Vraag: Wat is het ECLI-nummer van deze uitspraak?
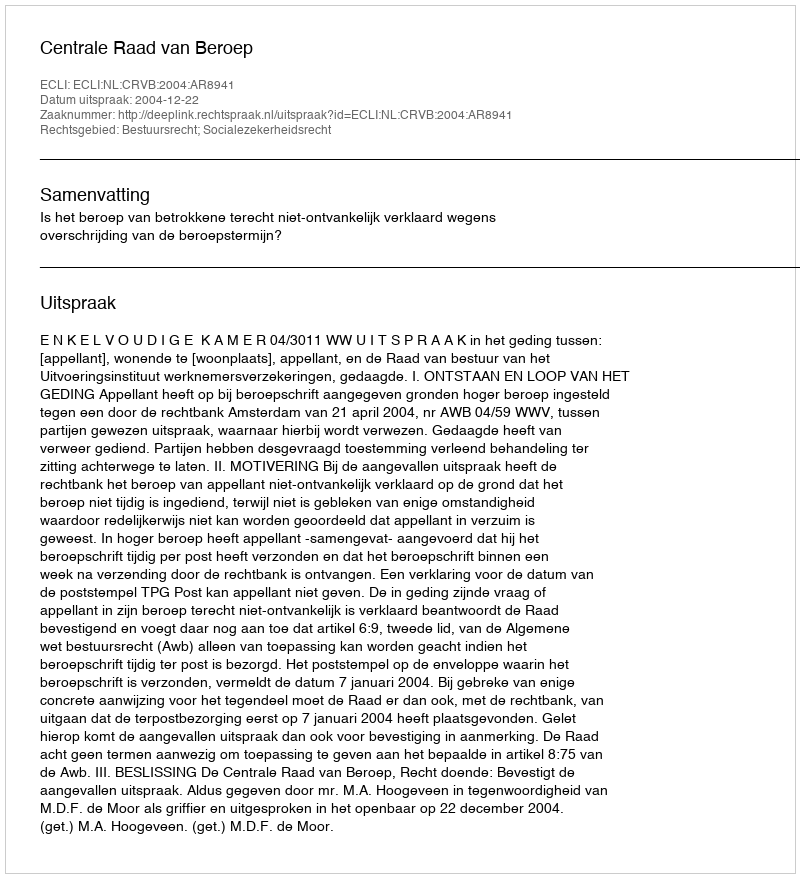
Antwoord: ECLI:NL:CRVB:2004:AR8941